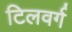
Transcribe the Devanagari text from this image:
टिलवर्ग